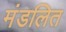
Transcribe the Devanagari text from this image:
मंडलित